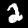
Label: 2